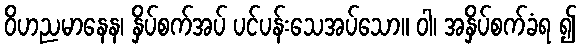
ဝိဟညမာနေန၊ နှိပ်စက်အပ် ပင်ပန်းသေအပ်သော။ ဝါ၊ အနှိပ်စက်ခံရ ၍